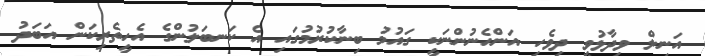
އަނިލް ވިދާޅުވީ ދިވެހި އަންހެނުންނަކީ ގައުމު ބިނާކުރުމުގައި އެ ކަނބަލުންގެ އެހީތެރިކަން އަބަދު